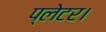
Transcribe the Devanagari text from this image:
प्लेटर।